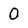
Character: 0